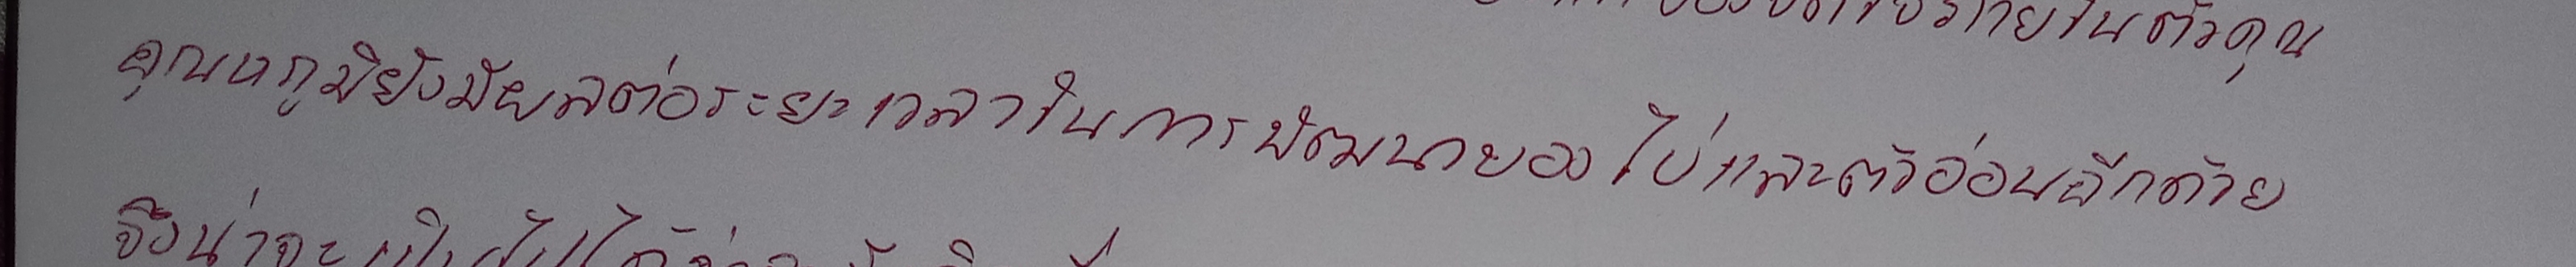
ทั้งๆ ที่รู้สึกพอใจที่ได้ยืดเวลาของการสนทนาให้นานออกไปอีกเขาก็จำเป็นต้องเสพูดไปเช่นนั้น